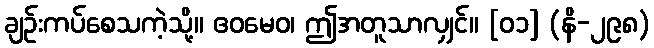
ချဉ်းကပ်စေသကဲ့သို့။ ဧဝမေဝ၊ ဤအတူသာလျှင်။ [၀၁] (နိ-၂၉၈)